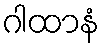
ဂါထာနံ